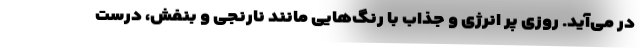
در می‌آید. روزی پر انرژی و جذاب با رنگ‌هایی مانند نارنجی و بنفش، درست